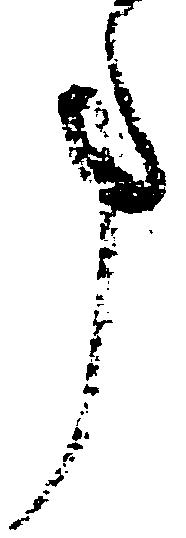
事